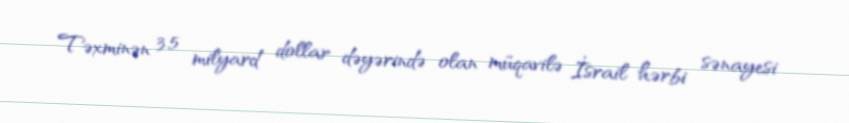
Təxminən 3,5 milyard dollar dəyərində olan müqavilə İsrail hərbi sənayesi